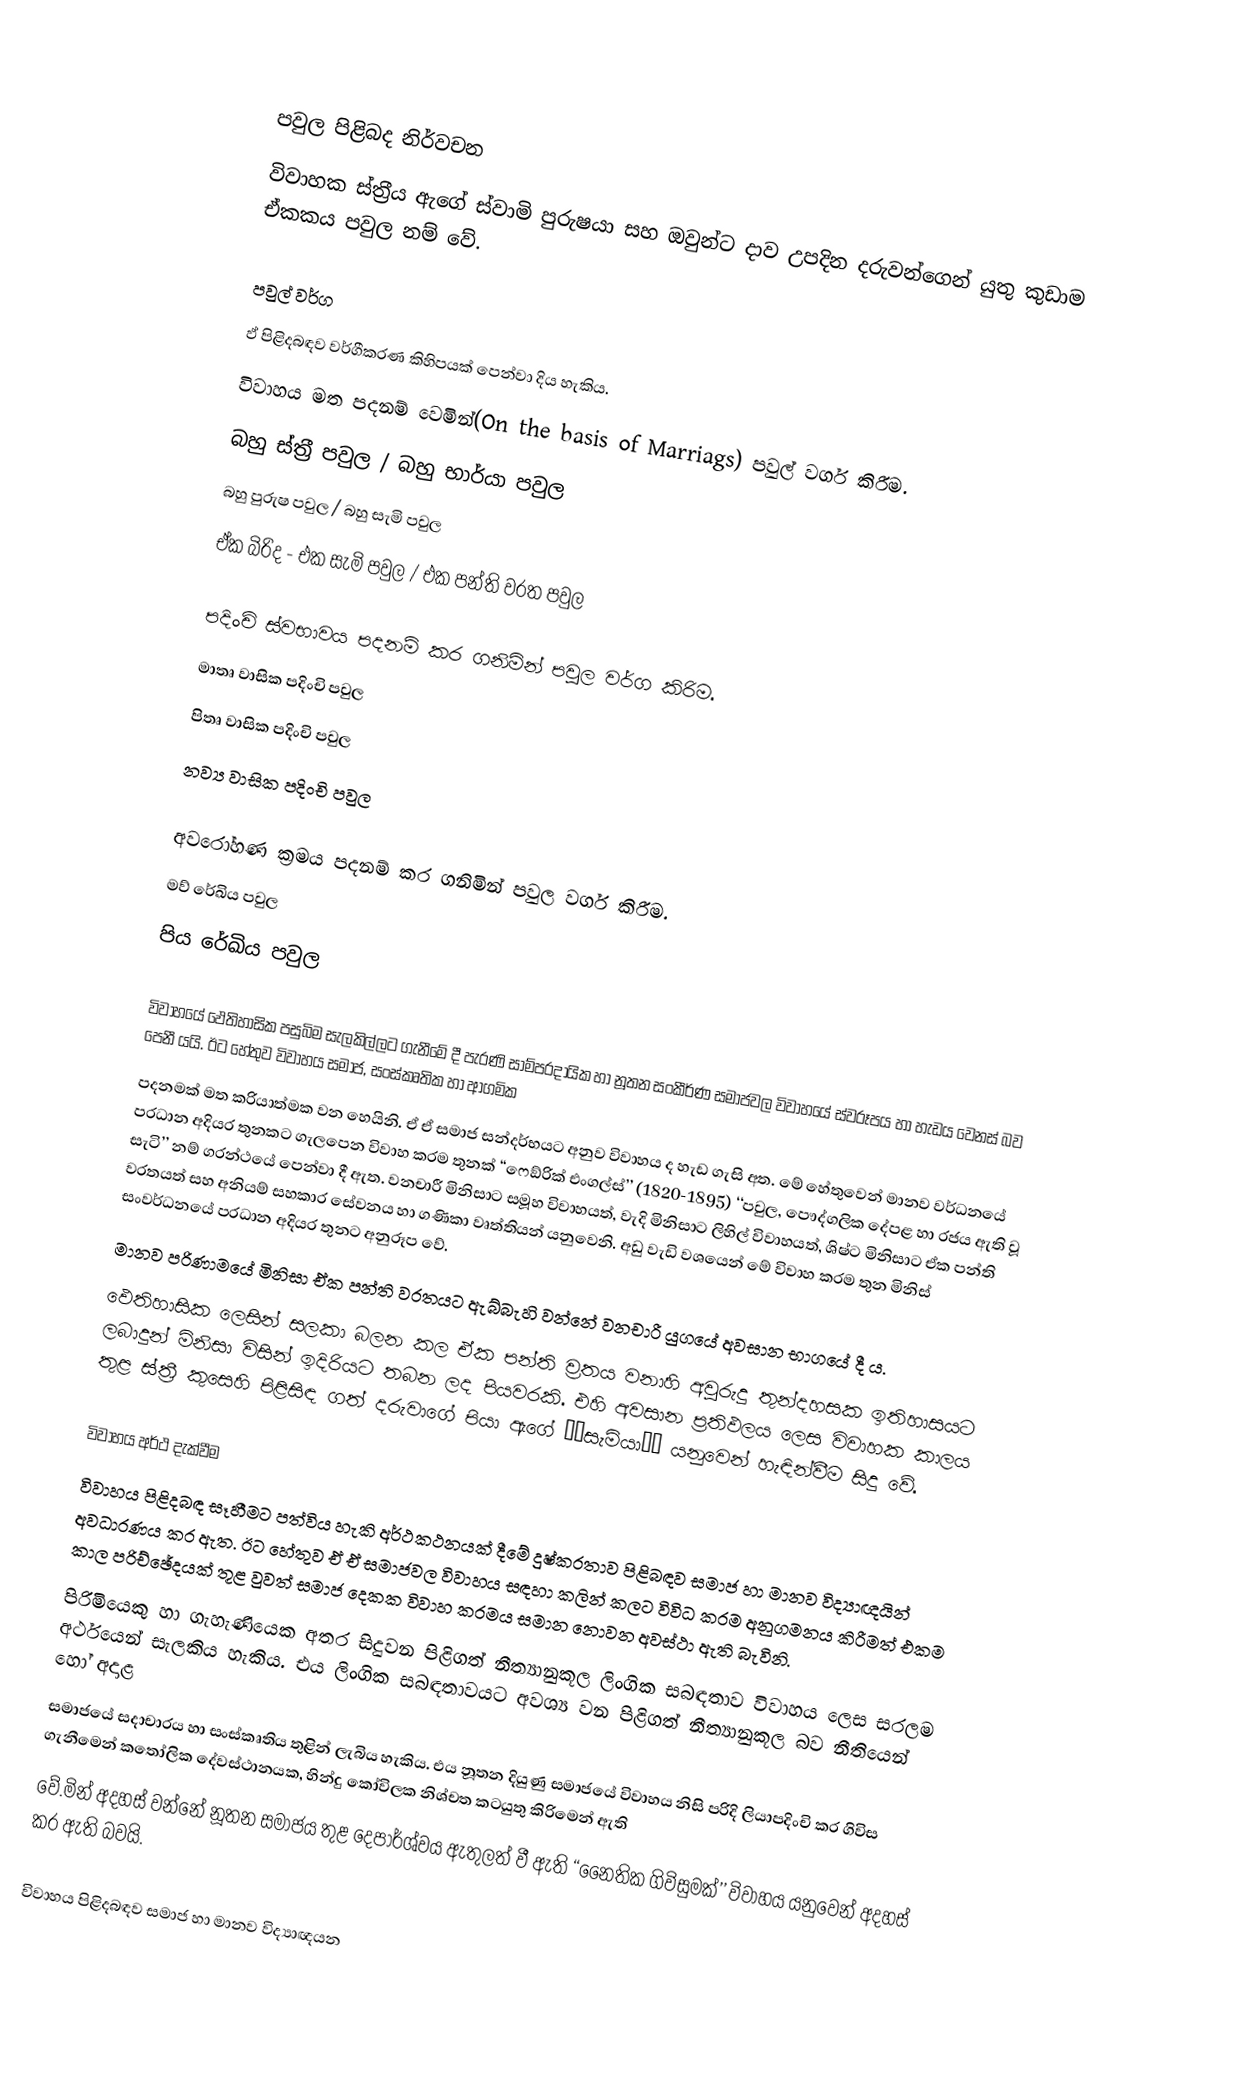

පවුල පිළිබද නිර්වචන
විවාහක ස්ත‍්‍රීය ඇගේ ස්වාමි පුරුෂයා සහ ඔවුන්ට දාව උපදින දරුවන්ගෙන් යුතු කුඩාම ඒකකය පවුල නම් වේ.

පවුල් වර්ග
ඵ් පිළිදබඳව වර්ගීකරණ  කිහිපයක් පෙන්වා දිය හැකිය.
විවාහය මත පදනම් වෙමින්(On the basis of Marriags)  පවුල් වර්ග කිරීම.
බහු ස්ත‍්‍රී පවුල / බහු භාර්යා පවුල
බහු පුරුෂ පවුල / බහු සැමි පවුල
ඒක බිරිද - එක සැමි පවුල / එක පන්ති ව‍්‍රත පවුල

පදිංචි ස්වභාවය පදනම් කර ගනිමින් පවුල වර්ග කිරිම.
 මාතෘ වාසික පදිංචි පවුල
පිතෘ වාසික පදිංචි පවුල
නව්‍ය වාසික පදිංචි පවුල

අවරෝහණ ක‍්‍රමය පදනම් කර ගනිමින් පවුල වර්ග කිරීම.
මව් රේඛිය පවුල
පිය රේඛිය පවුල

විවාහයේ ඵෙතිහාසික පසුබිම සැලකිල්ලට ගැනීමේ දී පැරණි සාම්ප‍්‍රදායික හා නූතන සංකීර්ණ සමාජවල  විවාහයේ ස්වරූපය හා හැඩය වෙනස් බව පෙනී යයි. ඊට හේතුව විවාහය සමාජ, සංස්කෘතික හා ආගමික
පදනමක් මත ක‍්‍රියාත්මක වන හෙයිනි. ඒ ඒ සමාජ සන්දර්භයට  අනුව විවාහය ද හැඩ ගැසි අත. මේ හේතුවෙන් මානව වර්ධනයේ ප‍්‍රධාන අදියර තුනකට ගැලපෙන විවාහ ක‍්‍රම තුනක් ‘‘ෆෙඞ්රික් එංගල්ස්’’ (1820-1895) ‘‘පවුල, පෞද්ගලික දේපළ හා රජය ඇති වූ සැටි’’ නම් ග‍්‍රන්ථයේ පෙන්වා දී ඇත. වනචාරී මිනිසාට සමූහ විවාහයත්, වැදි මිනිසාට ලිහිල් විවාහයත්, ශිෂ්ට මිනිසාට ඒක පන්ති ව‍්‍රතයත් සහ අනියම් සහකාර සේවනය හා ගණිකා වෘත්තියන් යනුවෙනි. අඩු වැඩි වශයෙන් මේ විවාහ ක‍්‍රම තුන මිනිස් සංවර්ධනයේ ප‍්‍රධාන අදියර තුනට අනුරූප වේ.
මානව පරිණාමයේ මිනිසා ඒක පන්ති ව‍්‍රතයට ඇබ්බැහි වන්නේ වනචාරී යුගයේ අවසාන භාගයේ දී ය.
ඵෙතිහාසික ලෙසින් සලකා බලන කල ඒක පන්ති ව‍්‍රතය වනාහි අවුරුදු තුන්දහසක ඉතිහාසයට ලබාදුන් මිනිසා විසින් ඉදිරියට තබන ලද පියවරකි. එහි අවසාන ප‍්‍රතිඵලය ලෙස විවාහක කාලය තුළ ස්ත‍්‍රී කුසෙහි පිළිසිඳ ගත් දරුවාගේ පියා ඇගේ ‘‘සැමියා’’ යනුවෙන් හැඳින්වීම සිදු වේ.

විවාහය අර්ථ දැක්වීම
විවාහය පිළිදබඳ සෑහීමට පත්විය හැකි අර්ථකථනයක් දීමේ දුෂ්කරතාව පිළිබඳව සමාජ හා මානව විද්‍යාඥයින් අවධාරණය  කර ඇත. ඊට හේතුව ඒ ඒ  සමාජවල විවාහය සඳහා කලින් කලට විවිධ ක‍්‍රම අනුගමනය කිරීමත් එකම කාල පරිච්ඡේදයක් තූළ වුවත් සමාජ දෙකක විවාහ ක‍්‍රමය සමාන නොවන අවස්ථා ඇති බැවිනි.
පිරිමියෙකු හා ගැහැණියෙක අතර සිදුවන පිළිගත් නීත්‍යානුකූල ලිංගික සබඳතාව විවාහය ලෙස සරලම අර්ථයෙන් සැලකිය හැකිය. එය ලිංගික සබඳතාවයට අවශ්‍ය වන පිළිගත් නීත්‍යානුකූල බව නීතියෙන් හෝ අදාළ
සමාජයේ සදාචාරය හා සංස්කෘතිය තුළින් ලැබිය හැකිය. එය නූතන දියුණු සමාජයේ විවාහය නිසි පරිදි ලියාපදිංචි කර ගිවිස ගැනීමෙන් කතෝලික දේවස්ථානයක, හින්දු කෝවිලක නිශ්චත කටයුතු කිරිමෙන් ඇති
වේ.මින් අදහස් වන්නේ නූතන සමාජය තුළ දෙපාර්ශ්වය ඇතුලත් වී ඇති ‘‘නෛතික ගිවිසුමක්’’ විවාහය යනුවෙන් අදහස් කර ඇති බවයි.

විවාහය පිළිදබඳව සමාජ හා මානව විද්‍යාඥයන